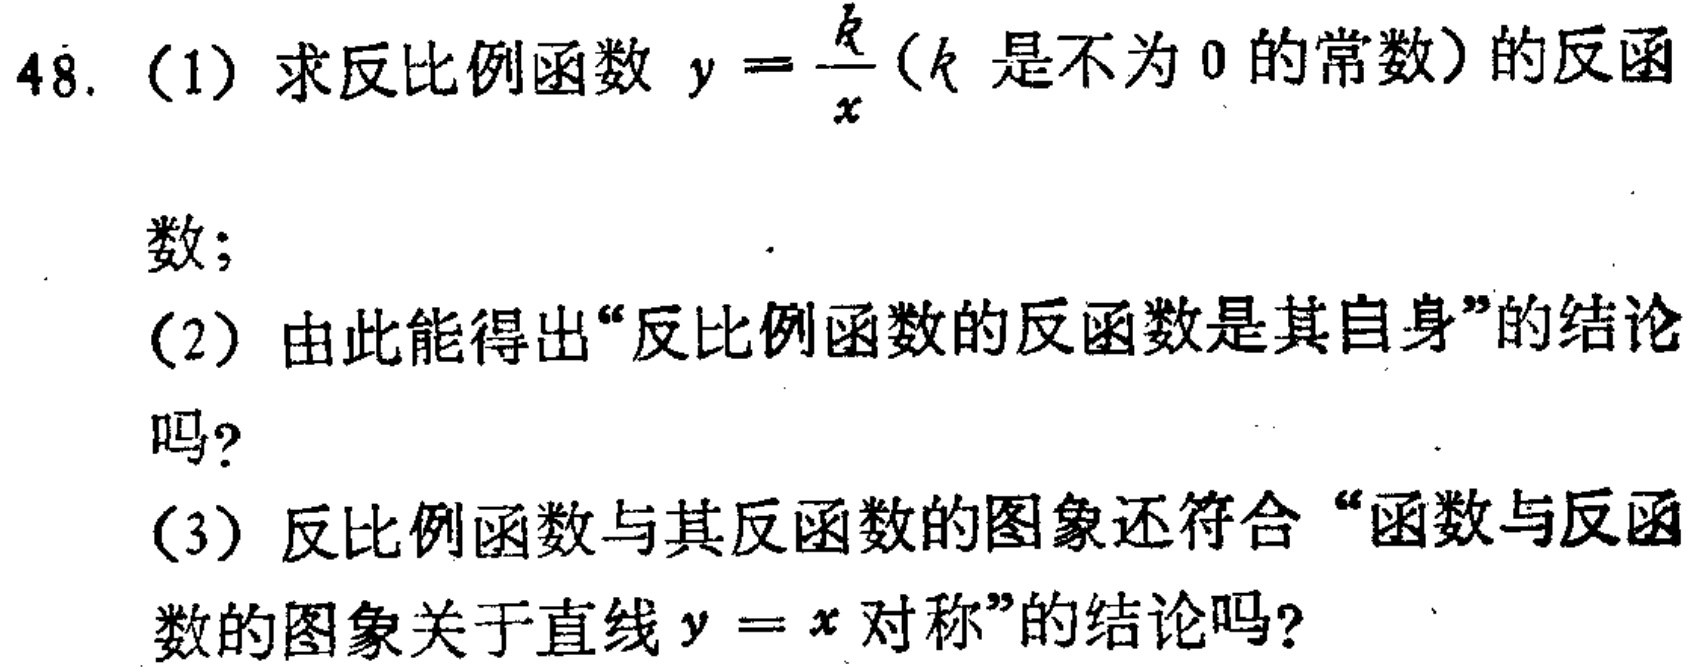
48. (1) 求反比例函数 \(y = \frac{k}{x}\)（\(k\) 是不为 \(0\) 的常数）的反函

数；

(2) 由此能得出“反比例函数的反函数是其自身”的结论

吗？

(3) 反比例函数与其反函数的图象还符合“函数与反函

数的图象关于直线 \(y = x\) 对称”的结论吗？